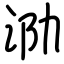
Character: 泐